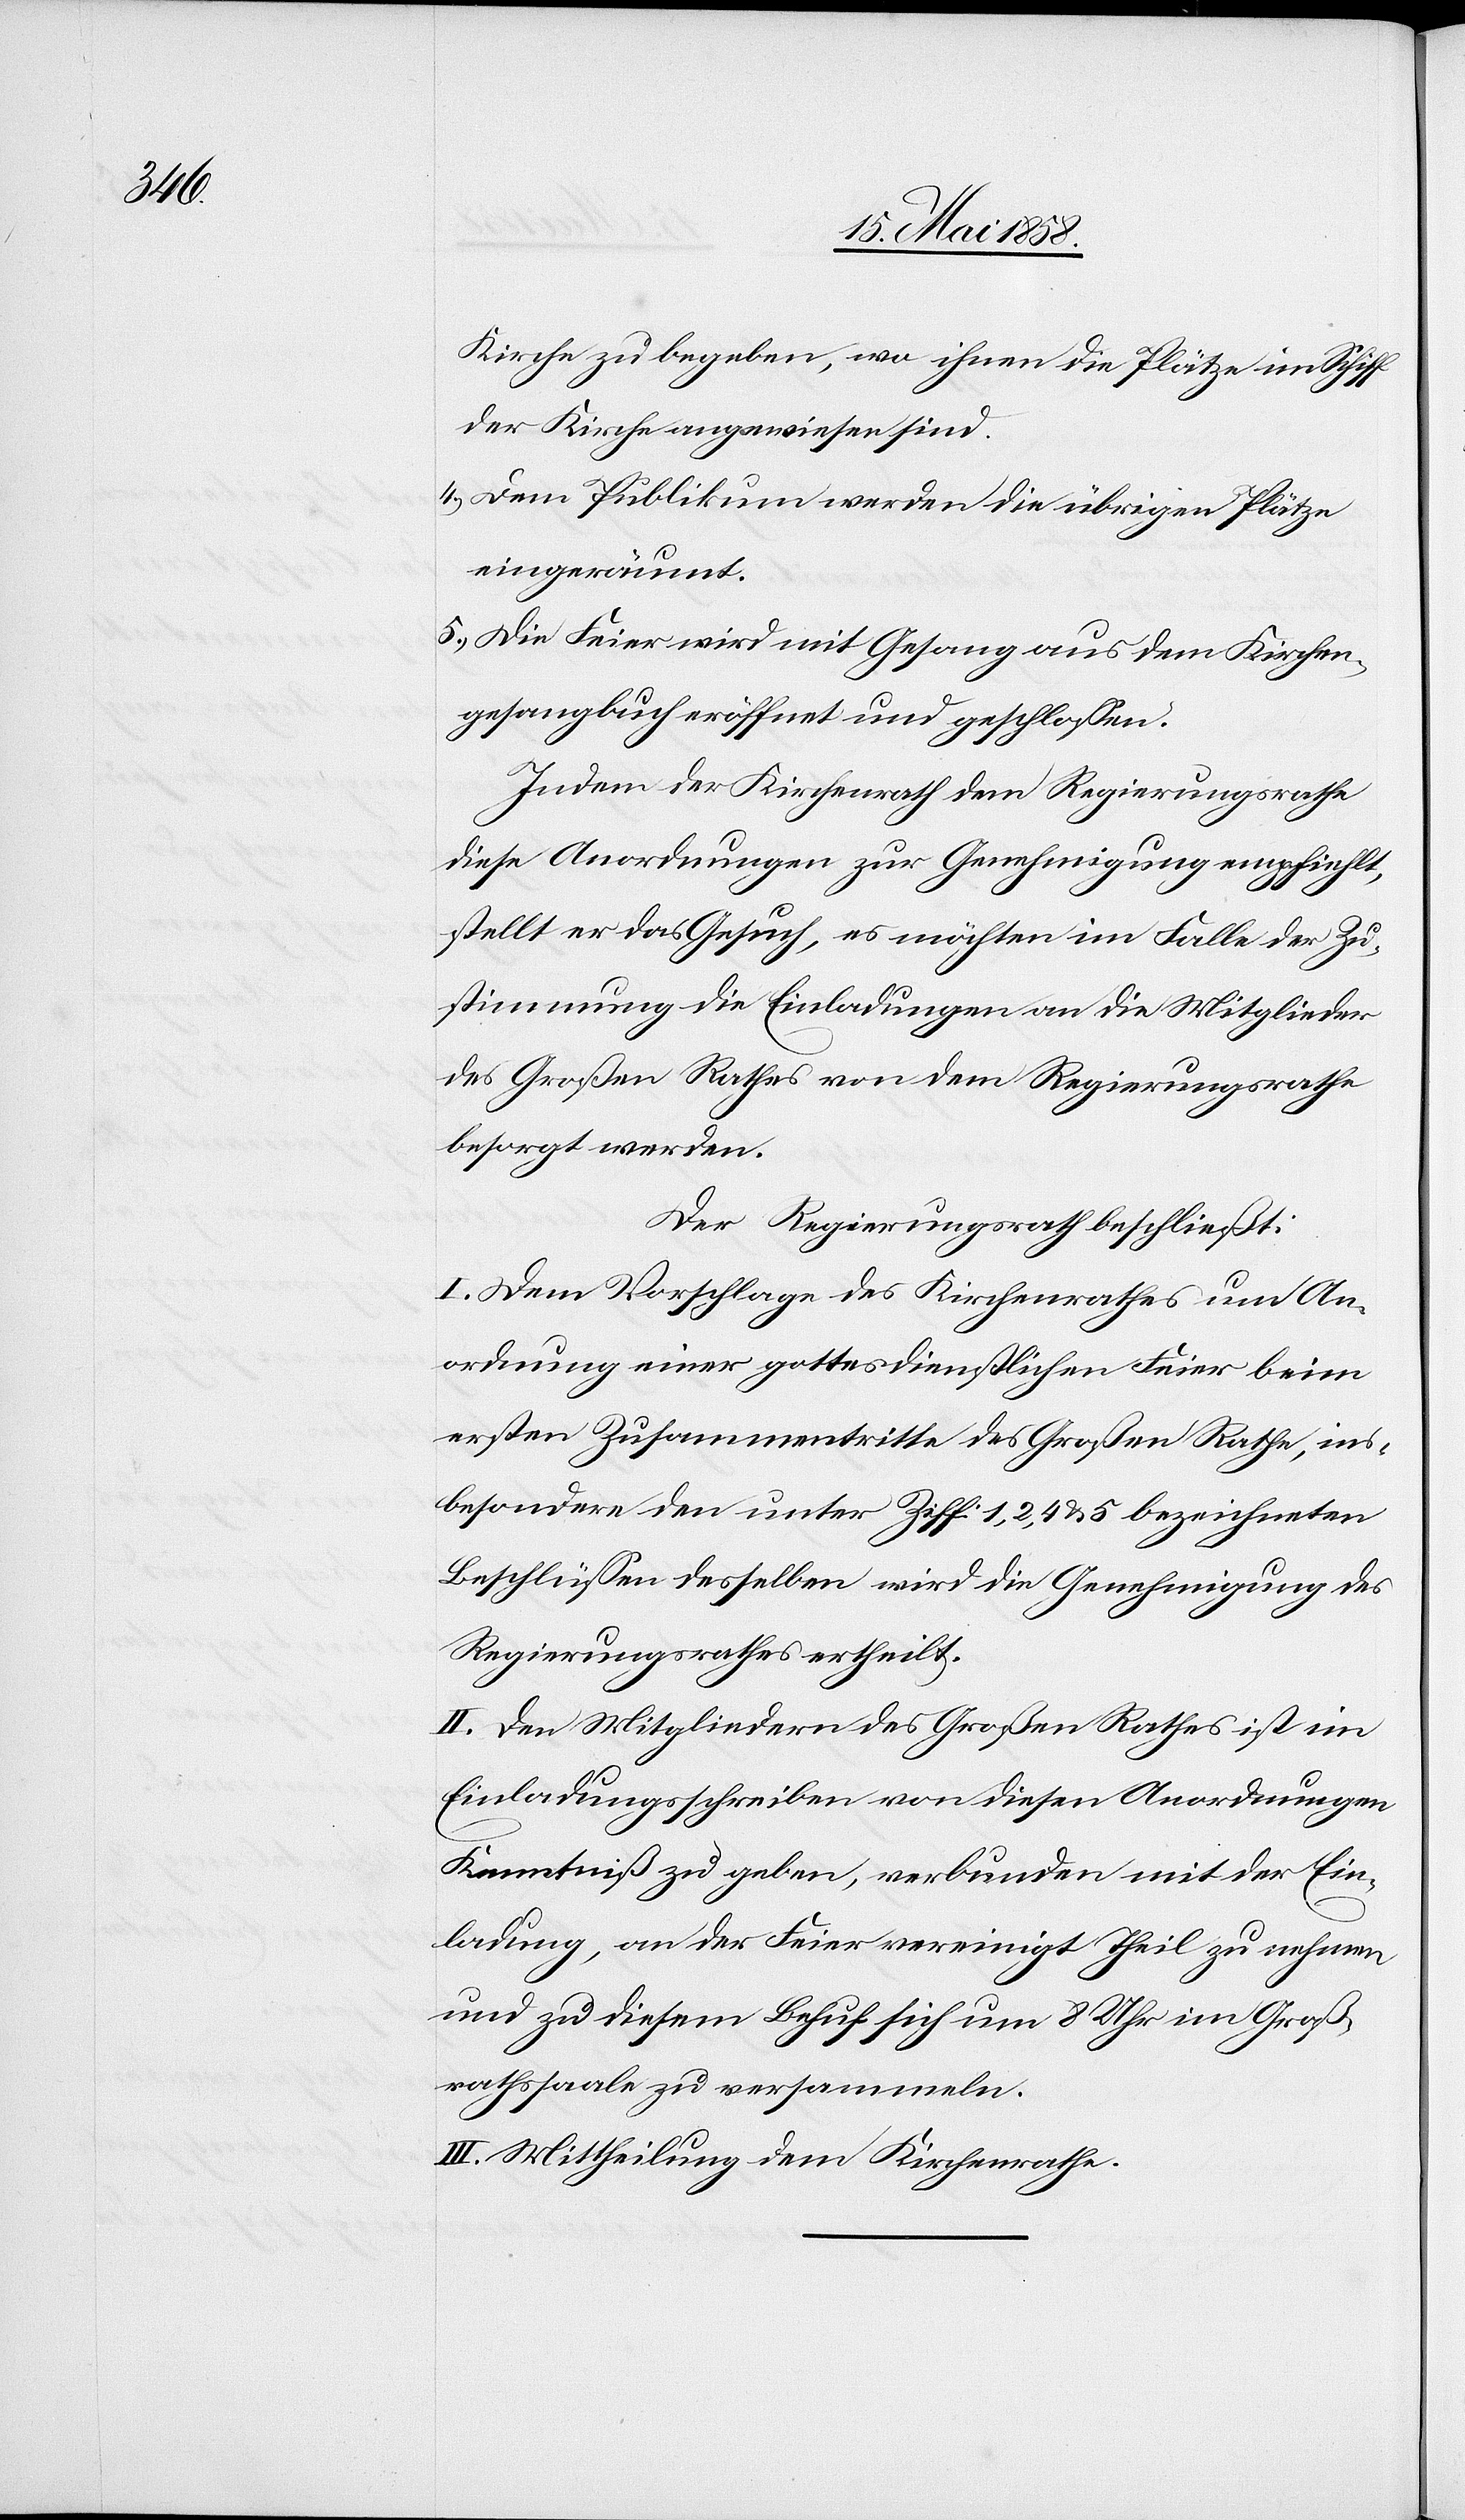
Kirche zu begeben, wo ihnen die Plätze im Schiff
der Kirche angewiesen sind.
4. Dem Publikum werden die übrigen Plätze
eingeräumt.
5. Die Feier wird mit Gesang aus dem Kirchen¬
gesangbuch eröffnet und geschlossen.
Indem der Kirchenrath dem Regierungsrathe
diese Anordnungen zur Genehmigung empfiehlt,
stellt er das Gesuch, es möchten im Falle der Zu¬
stimmung die Einladungen an die Mitglieder
des Großen Rathes von dem Regierungsrathe
besorgt werden.
Der Regierungsrath beschließt:
I. Dem Vorschlage des Kirchenrathes um An¬
ordnung einer gottesdienstlichen Feier beim
ersten Zusammentritte des Großen Rathe, ins¬
besondere den unter Ziff 1, 2, 4 u. 5 bezeichneten
Beschlüssen desselben wird die Genehmigung des
Regierungsrathes ertheilt.
II. Den Mitgliedern des Großen Rathes ist im
Einladungsschreiben von diesen Anordnungen
Kenntniß zu geben, verbunden mit der Ein¬
ladung, an der Feier vereinigt Theil zu nehmen
und zu diesem Behuf sich um 8 Uhr im Groß¬
rathssaale zu versammeln.
II. Mittheilung dem Kirchenrathe.